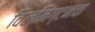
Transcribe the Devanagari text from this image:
विल्मिंग्टनचा